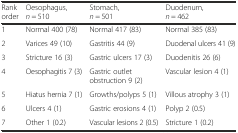
<table><thead><tr><td><b>Rank order</b></td><td><b>Oesophagus, <i>n</i> = 510</b></td><td><b>Stomach, <i>n</i> = 501</b></td><td><b>Duodenum, <i>n</i> = 462</b></td></tr></thead><tbody><tr><td>1</td><td>Normal 400 (78)</td><td>Normal 417 (83)</td><td>Normal 385 (83)</td></tr><tr><td>2</td><td>Varices 49 (10)</td><td>Gastritis 44 (9)</td><td>Duodenal ulcers 41 (9)</td></tr><tr><td>3</td><td>Stricture 16 (3)</td><td>Gastric ulcers 17 (3)</td><td>Duodenitis 26 (6)</td></tr><tr><td>4</td><td>Oesophagitis 7 (3)</td><td>Gastric outlet obstruction 9 (2)</td><td>Vascular lesion 4 (1)</td></tr><tr><td>5</td><td>Hiatus hernia 7 (1)</td><td>Growths/polyps 5 (1)</td><td>Villous atrophy 3 (1)</td></tr><tr><td>6</td><td>Ulcers 4 (1)</td><td>Gastric erosions 4 (1)</td><td>Polyp 2 (0.5)</td></tr><tr><td>7</td><td>Other 1 (0.2)</td><td>Vascular lesions 2 (0.5)</td><td>Stricture 1 (0.2)</td></tr></tbody></table>